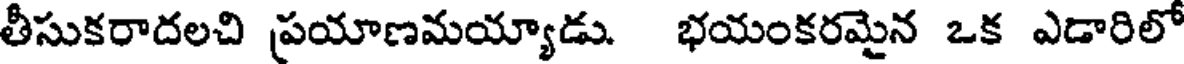
తీసుకరాదలచి ప్రయాణమయ్యాడు. భయంకరమైన ఒక ఎడారిలో